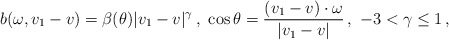
\begin{align*}\begin{aligned}b (\omega, v_1 - v) = \beta (\theta) |v_1 - v|^\gamma \,, \ \cos \theta = \frac{(v_1 - v) \cdot \omega}{|v_1 - v|} \,, \ -3 < \gamma \leq 1 \,,\end{aligned}\end{align*}